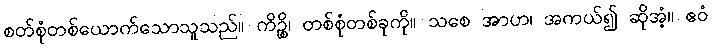
စတ်စုံတစ်ယောက်သောသူသည်။ ကိဉ္စိ၊ တစ်စုံတစ်ခုကို။ သစေ အာဟ၊ အကယ်၍ ဆိုအံ့။ ဧဝံ